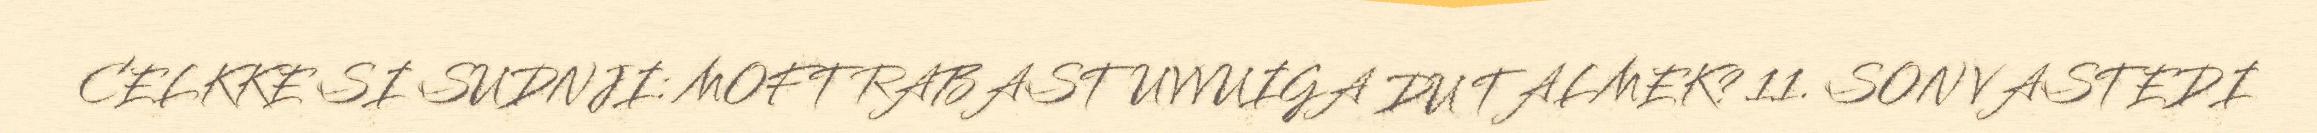
CELKKE SI SUDNJI: MOFT RABASTUVVUIGA DU TALMEK? 11. SON VASTEDI